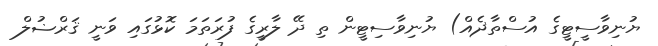
ޔުނިވާސީޓީގެ އުސްތާޛެއް) ޔުނިވާސިޓީން ތި ދޭ ލާރީގެ ފުރަތަމަ ކޮޅުގައި ވަނީ ޤަރްޟުލް